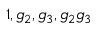
1 , g _ { 2 } , g _ { 3 } , g _ { 2 } g _ { 3 }